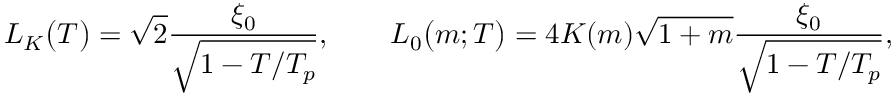
\begin{array} { l } { \displaystyle { L _ { K } \big ( T \big ) = \sqrt { 2 } \frac { \xi _ { 0 } } { \sqrt { 1 - T / T _ { p } } } , \qquad L _ { 0 } \big ( m ; T \big ) = 4 K ( m ) \sqrt { 1 + m } \frac { \xi _ { 0 } } { \sqrt { 1 - T / T _ { p } } } , } } \end{array}